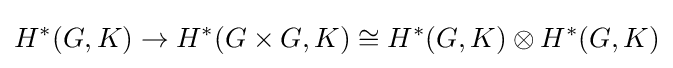
H^{*}(G,K)\rightarrow H^{*}(G\times G,K)\cong H^{*}(G,K)\otimes H^{*}(G,K)